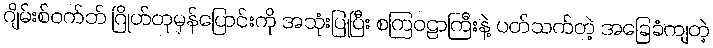
ဂျိမ်းစ်ဝက်ဘ် ဂြိုဟ်တုမှန်ပြောင်းကို အသုံးပြုပြီး စကြဝဠာကြီးနဲ့ ပတ်သက်တဲ့ အခြေခံကျတဲ့